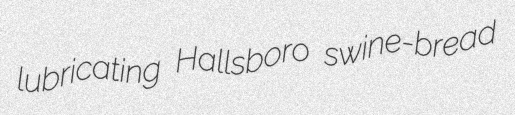
lubricating Hallsboro swine-bread